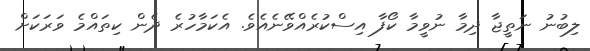
ލިބުނު ނަތީޖާ ދިމާ ނުވީމާ ކޯފާ އިސްކުރެއްވޭނެއެވެ. އެކަމާހުރެ ދެން ކިތައްމެ ވަރަކަށް